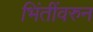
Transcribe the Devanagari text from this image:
भिंतींवरुन